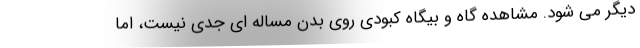
دیگر می شود. مشاهده گاه و بیگاه کبودی روی بدن مساله ای جدی نیست، اما